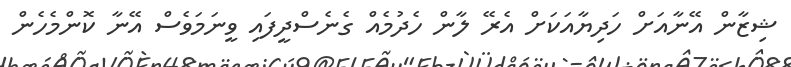
ޝިޒާން އޭނާއަށް ހަދިޔާއަކަށް އެރޭ ލާން ހެދުމެއް ގެނެސްދީފައި ވީނަމަވެސް އޭނާ ކޮންމެހެން